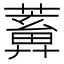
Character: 𦿤